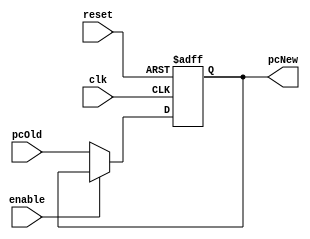
module Program_Counter #(
    parameter WIDTH = 32
) (
    output reg  [WIDTH-1:0] pcNew, 
    input  wire [WIDTH-1:0] pcOld,
    input  wire             clk,
    input  wire             reset,
    input  wire             enable
);

always @ (posedge clk or negedge reset)
    begin 
        if (!reset)
            begin 
                pcNew <= { (WIDTH) {1'b0} };
            end
        else if(!enable)
            begin
                pcNew <= pcOld; 
            end  
    end 
    
endmodule